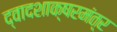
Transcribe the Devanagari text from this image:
द्वादशाक्षरमंत्र